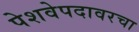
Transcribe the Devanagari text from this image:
पेशवेपदावरचा